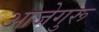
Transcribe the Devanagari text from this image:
आजेगुरू